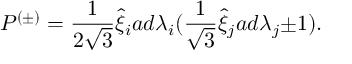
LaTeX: { \cal P } ^ { ( \pm ) } = \frac { 1 } { 2 \sqrt { 3 } } { \hat { \xi } } _ { i } a d { \lambda } _ { i } ( \frac { 1 } { \sqrt 3 } \hat { \xi } _ { j } a d { \lambda } _ { j } { \pm } 1 ) .